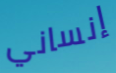
إنساني